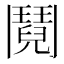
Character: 鬩